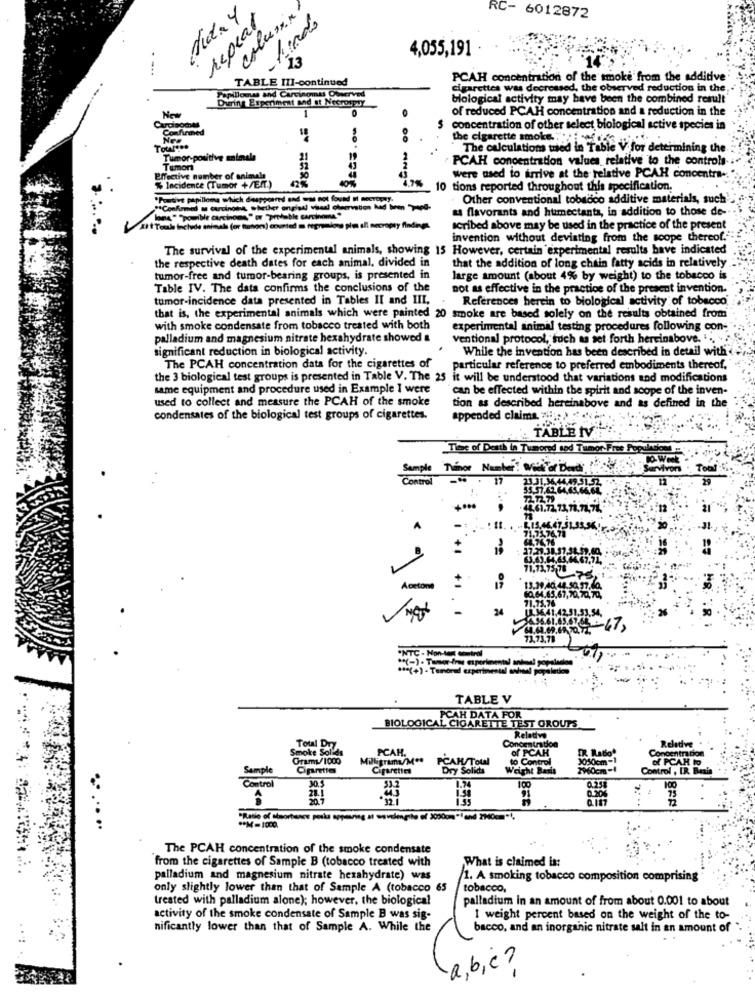
dida 4
column
repeat
Prado
RC- 6012872
4,055,191
13
TABLE III-continued
PCAH concentration of the smoke from the additive
cigarettes was decreased, the observed reduction in the
During Experiment ad It NecropTy
Papilloma and Carcinomas Observed
blological activity may have been the combined result
New
1
of reduced PCAH concentration and a reduction in the
O
Confirmed
concentration of other select biological active species in
Nes
the cigarette smoke ...
The calculations wied in Table V for determining the
Tumor-positive animals
PCAH concentration values relative to the controls-
Temon
Effective number of animals
42%
4,7%
were used to arrive at the relative PCAH concentra-
% Incidente (Tumor +/EIT.)
40%
10 tions reported throughout this specification.
"Portive papilloma which daapporred and was not found I seeTopy.
Other conventional tobacco additive materials, such
"Confirmed a Gurvinoins
as flavorants and humectanta, in addition to those de-
posible carcinoma," or "provable cami
Toul Include animal (or hunor) counted a regramione plus all necropty findings.
scribed above may be used in the practice of the present
invention without deviating from the scope thereof."
The survival of the experimental animals, showing 15 However, certain experimental results have indicated
the respective death dates for each animal. divided in
that the addition of long chain fatty acids in relatively
tumor-free and tumor-bearing groups, is presented in
large amount (about 4% by weight) to the tobacco is.
Table IV. The data confirms the conclusions of the
not as effective in the practice of the present invention.
tumor-incidence data presented in Tables II and III,
References herein to biological activity of tobacco
that is, the experimental animals which were painted 20 smoke are based solely on the results obtained from
with smoke condensate from tobacco treated with both
experimental animal testing procedures following con-
palladium and magnesium nitrate hexahydrate showed &
ventional protocol, such as set forth hereinabove. ' ....
significant reduction in biological activity.
While the invention has been described in detail with $
The PCAH concentration data for the cigarettes of
particular reference to preferred embodiments thereof,
the 3 biological test groups is presented in Table V. The 25 it will be understood that variations and modifications
same equipment and procedure used in Example 1 were
can be effected within the spirit and scope of the inven-
used to collect and measure the PCAH of the smoke
tion as described hereinabove and as defined in the
condensates of the biological test groups of cigarettes.
appended claims wird
TABLE IV
Tiens of Death in Tumored sod Tumor Free
Sample Ténor Number! Vi or Don,
Toal
Control
17
23.31,36,44,49.51,52,
55.57.62.64.65.66.6L
72.12.79
44.61.72.73.78.73.71.
A
-
.8.15.46,47.51.33,54
71.75.76.78
68.76.76
+
63.63.64.64.64.67.71,
71.73,75,78
Acetone
13.39.40.44.50.57.40.
60.64.65.67,70,70,70,
71.75.76
-
24
71,73,79
(-)-Tamarin aptrine
TABLE V
PCAH DATA FOR
BIOLOGICAL CIGARETTE TEST GROUPS
Concentration
Relative
Smoke Solid
Total Dry
PCAH.
of PCAH
IR Radio*
Reladve
Grams/1000
Milligram/Mes
PCAM/Total
to Control
1050cm -1
of PCAH Io
Cigarettes
Dry Solids
Weight Baris
2960cm-1
Control , IR Besla
100
atrol
0.254
100
73
The PCAH concentration of the smoke condensate
from the cigarettes of Sample B (tobacco treated with
,What is claimed is:
palladium and magnesium nitrate hexahydrate) was
1. A smoking tobacco composition comprising
only slightly lower than that of Sample A (tobacco 65
tobacco.
treated with palladium alone); however, the biological
palladium in an amount of from about 0.001 to about
activity of the smoke condensate of Sample B was sig-
I weight percent based on the weight of the to-
nificantly lower than that of Sample A. While the
bacco, and an inorganic nitrate salt in an amount of
a,b,c?